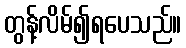
တွန့်လိမ်၍ရပေသည်။